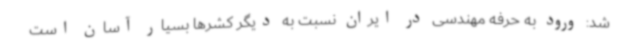
شد: ورود به حرفه مهندسی در ایران نسبت به دیگر کشرها بسیار آسان است